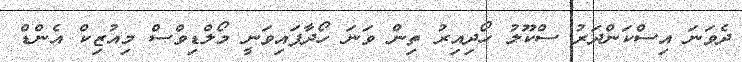
ދެވަނަ އިސްކަންދަރު ސްކޫލު ހޯދިއިރު ތިން ވަނަ ހޯދާފައިވަނީ މޯލްޑިވްސް މިއުޒިކް އެންޑް